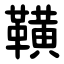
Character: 䪄